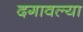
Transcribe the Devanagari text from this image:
दगावल्या